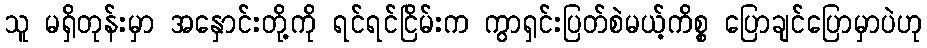
သူ မရှိတုန်းမှာ အနှောင်းတို့ကို ရင်ရင်ငြိမ်းက ကွာရှင်းပြတ်စဲမယ့်ကိစ္စ ပြောချင်ပြောမှာပဲဟု